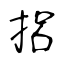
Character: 捛